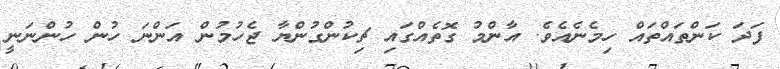
ފަދަ ކަންތައްތައް ހިމެނެއެވެ. އާންމު ގޮތެއްގައި ޗިކުންގުންޔާ ޖެހުމުން އަންނަ ހުން ހުންނަނީ